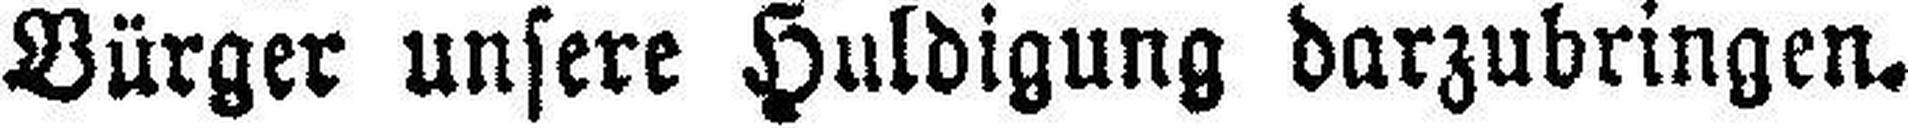
Bürger unsere Huldigung darzubringen.